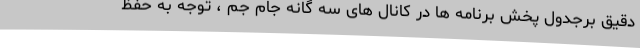
دقیق برجدول پخش برنامه ها در کانال های سه گانه جام جم ، توجه به حفظ